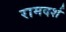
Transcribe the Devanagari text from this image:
रामदर्श